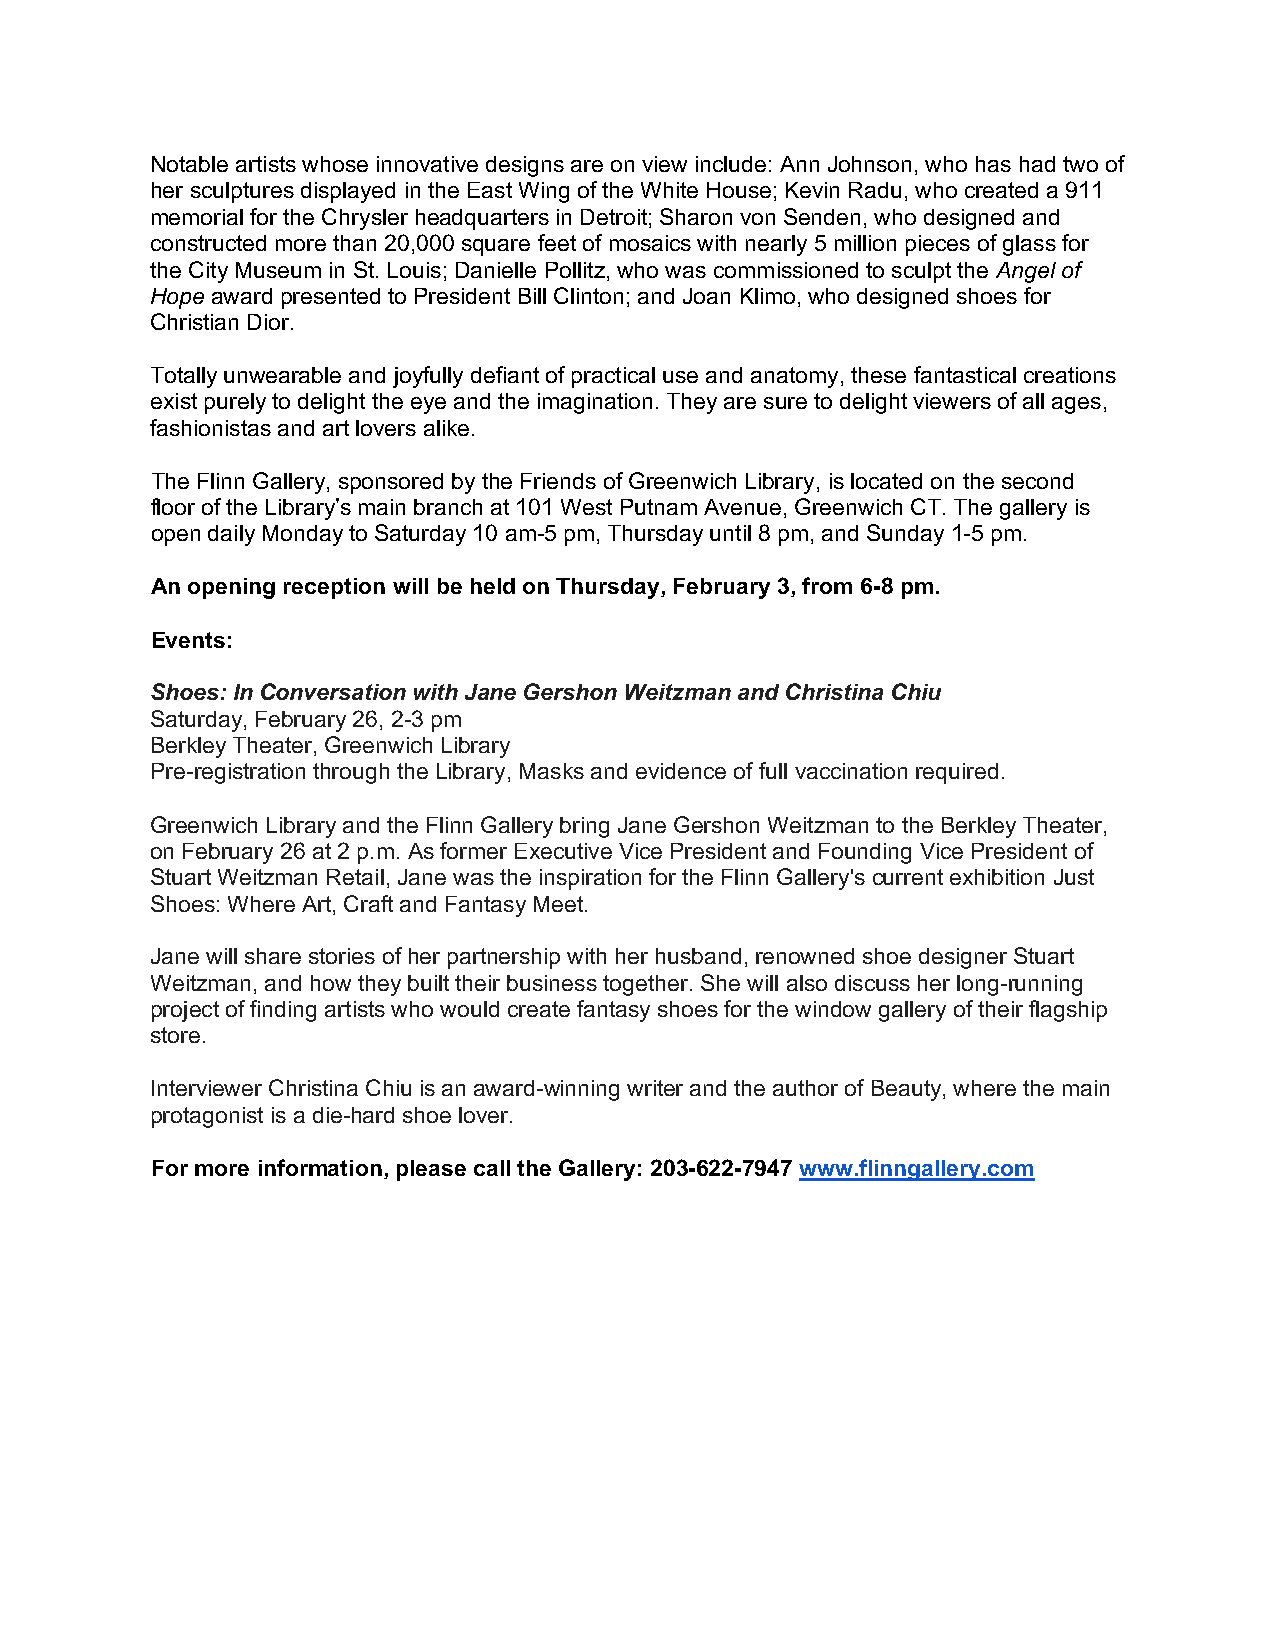
Notable artists whose innovative designs are on view include: Ann Johnson, who has had two of
 her sculptures displayed in the East Wing of the White House; Kevin Radu, who created a 911
 memorial for the Chrysler headquarters in Detroit; Sharon von Senden, who designed and
 constructed more than 20,000 square feet of mosaics with nearly 5 million pieces of glass for
 the City Museum in St. Louis; Danielle Pollitz, who was commissioned to sculpt the Angel of
 Hope award presented to President Bill Clinton; and Joan Klimo, who designed shoes for
 Christian Dior.
 Totally unwearable and joyfully defiant of practical use and anatomy, these fantastical creations
 exist purely to delight the eye and the imagination. They are sure to delight viewers of all ages,
 fashionistas and art lovers alike.
 The Flinn Gallery, sponsored by the Friends of Greenwich Library, is located on the second
 floor of the Library’s main branch at 101 West Putnam Avenue, Greenwich CT. The gallery is
 open daily Monday to Saturday 10 am-5 pm, Thursday until 8 pm, and Sunday 1-5 pm.
 An opening reception will be held on Thursday, February 3, from 6-8 pm.
 Events:
 Shoes: In Conversation with Jane Gershon Weitzman and Christina Chiu
 Saturday, February 26, 2-3 pm
 Berkley Theater, Greenwich Library
 Pre-registration through the Library, Masks and evidence of full vaccination required.
 Greenwich Library and the Flinn Gallery bring Jane Gershon Weitzman to the Berkley Theater,
 on February 26 at 2 p.m. As former Executive Vice President and Founding Vice President of
 Stuart Weitzman Retail, Jane was the inspiration for the Flinn Gallery's current exhibition Just
 Shoes: Where Art, Craft and Fantasy Meet.
 Jane will share stories of her partnership with her husband, renowned shoe designer Stuart
 Weitzman, and how they built their business together. She will also discuss her long-running
 project of finding artists who would create fantasy shoes for the window gallery of their flagship
 store.
 Interviewer Christina Chiu is an award-winning writer and the author of Beauty, where the main
 protagonist is a die-hard shoe lover.
 For more information, please call the Gallery: 203-622-7947 www.flinngallery.com